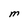
Character: M